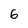
Character: 6